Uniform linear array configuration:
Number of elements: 32
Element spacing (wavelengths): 0.5
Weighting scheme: kaiser
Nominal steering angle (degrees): -45
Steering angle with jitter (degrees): -46.71
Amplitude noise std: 0.05
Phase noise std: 0.05

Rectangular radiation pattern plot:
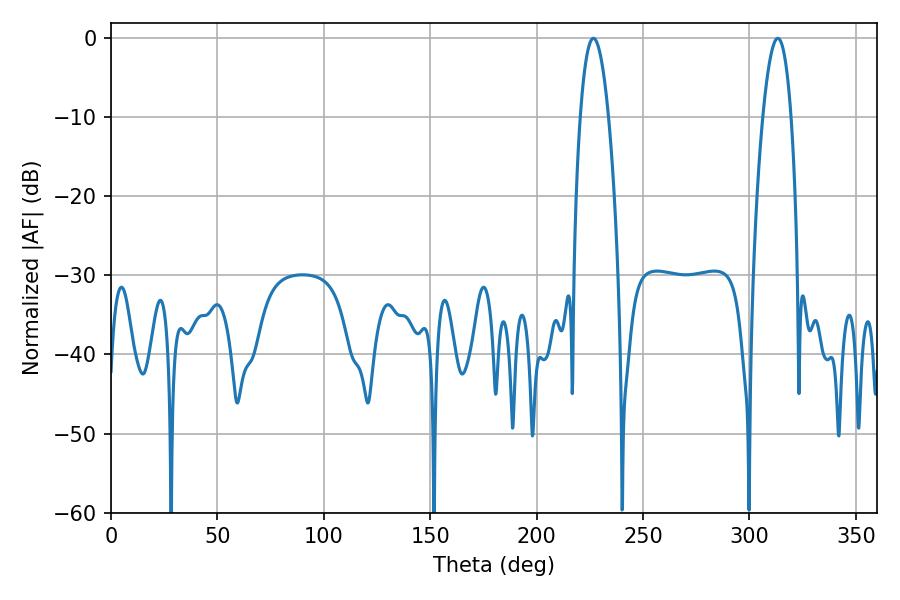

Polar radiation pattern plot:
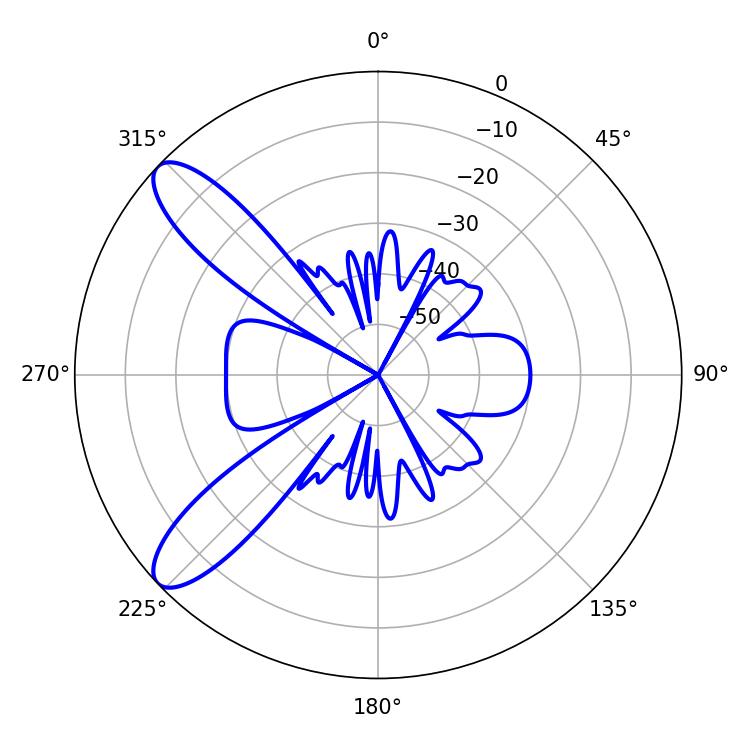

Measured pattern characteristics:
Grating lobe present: FALSE
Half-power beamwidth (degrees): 7.2
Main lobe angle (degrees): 226.62